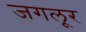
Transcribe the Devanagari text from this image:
जगलूर